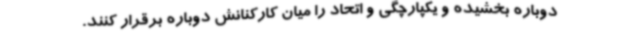
دوباره بخشیده و یکپارچگی و اتحاد را میان کارکنانش دوباره برقرار کنند.